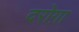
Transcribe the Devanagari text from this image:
दरोग़ा